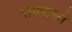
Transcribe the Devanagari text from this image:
राक्शसो